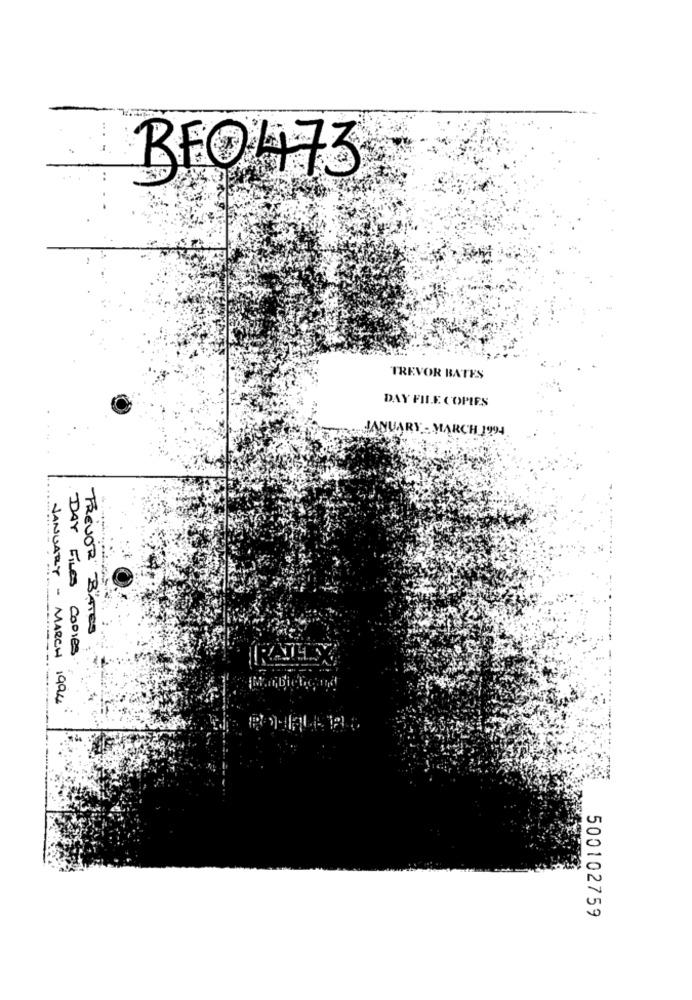
BEO473
TREVOR BATES
DAY FILE COPIES
ANUARY - MARCH 1994
DAY FILES
FREVOR" B"ATES
copies
JANUARY - MARCH 1994
500102759